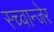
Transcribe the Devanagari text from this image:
स्च्वान्जेर